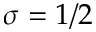
\sigma = 1 / 2